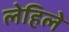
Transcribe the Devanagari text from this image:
लेहिले